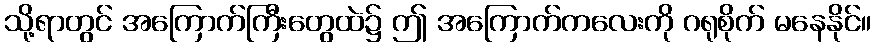
သို့ရာတွင် အကြောက်ကြီးတွေထဲ၌ ဤ အကြောက်ကလေးကို ဂရုစိုက် မနေနိုင်။